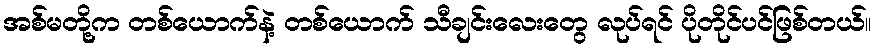
အစ်မတို့က တစ်ယောက်နဲ့ တစ်ယောက် သီချင်းလေးတွေ လုပ်ရင် ပိုတိုင်ပင်ဖြစ်တယ်။